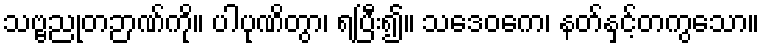
သဗ္ဗညုတဉာဏ်ကို။ ပါပုဏိတွာ၊ ရပြီး၍။ သဒေဝကေ၊ နတ်နှင့်တကွသော။